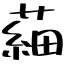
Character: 𦹀